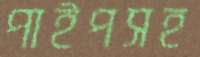
পাইপসহ